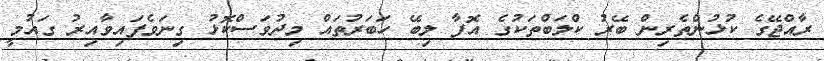
ރާއްޖޭގެ ކުޅުންތެރިން ބޭރު ކްލަބްތަކުގެ އޮފާ ލިބޭ ހަބަރުތައް މިދުވަސްކޮޅު ގިނަވެފައިވާއިރު ގައުމީ